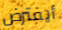
أيفترض